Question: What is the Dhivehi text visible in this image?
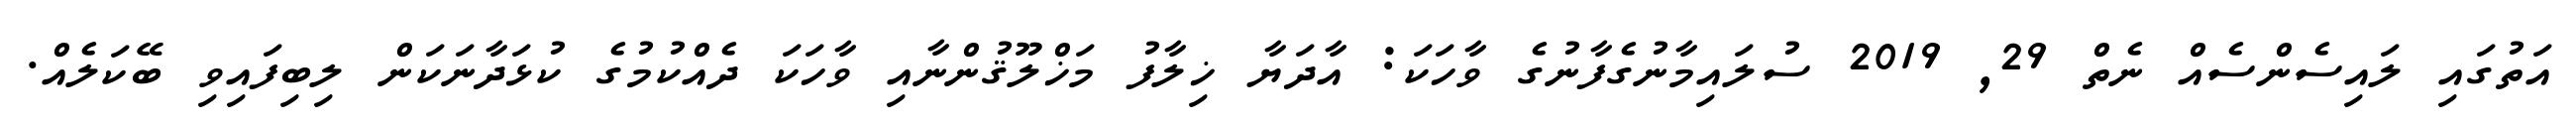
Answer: އަތުގައި ލައިސެންސެއް ނެތް 29, 2019 ސުލައިމާނުގެފާނުގެ ވާހަކަ: އާދަޔާ ޚިލާފު މަޚްލޫޤުންނާއި ވާހަކަ ދެއްކުމުގެ ކުޅަދާނަކަން ލިބިފައިވި ބޭކަލެއް.